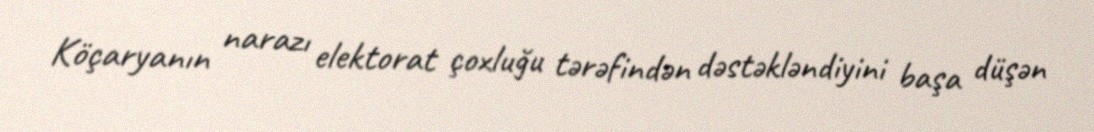
Köçaryanın narazı elektorat çoxluğu tərəfindən dəstəkləndiyini başa düşən